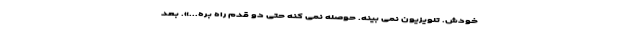
خودش. تلویزیون نمی بینه. حوصله نمی کنه حتی دو قدم راه بره...». بعد